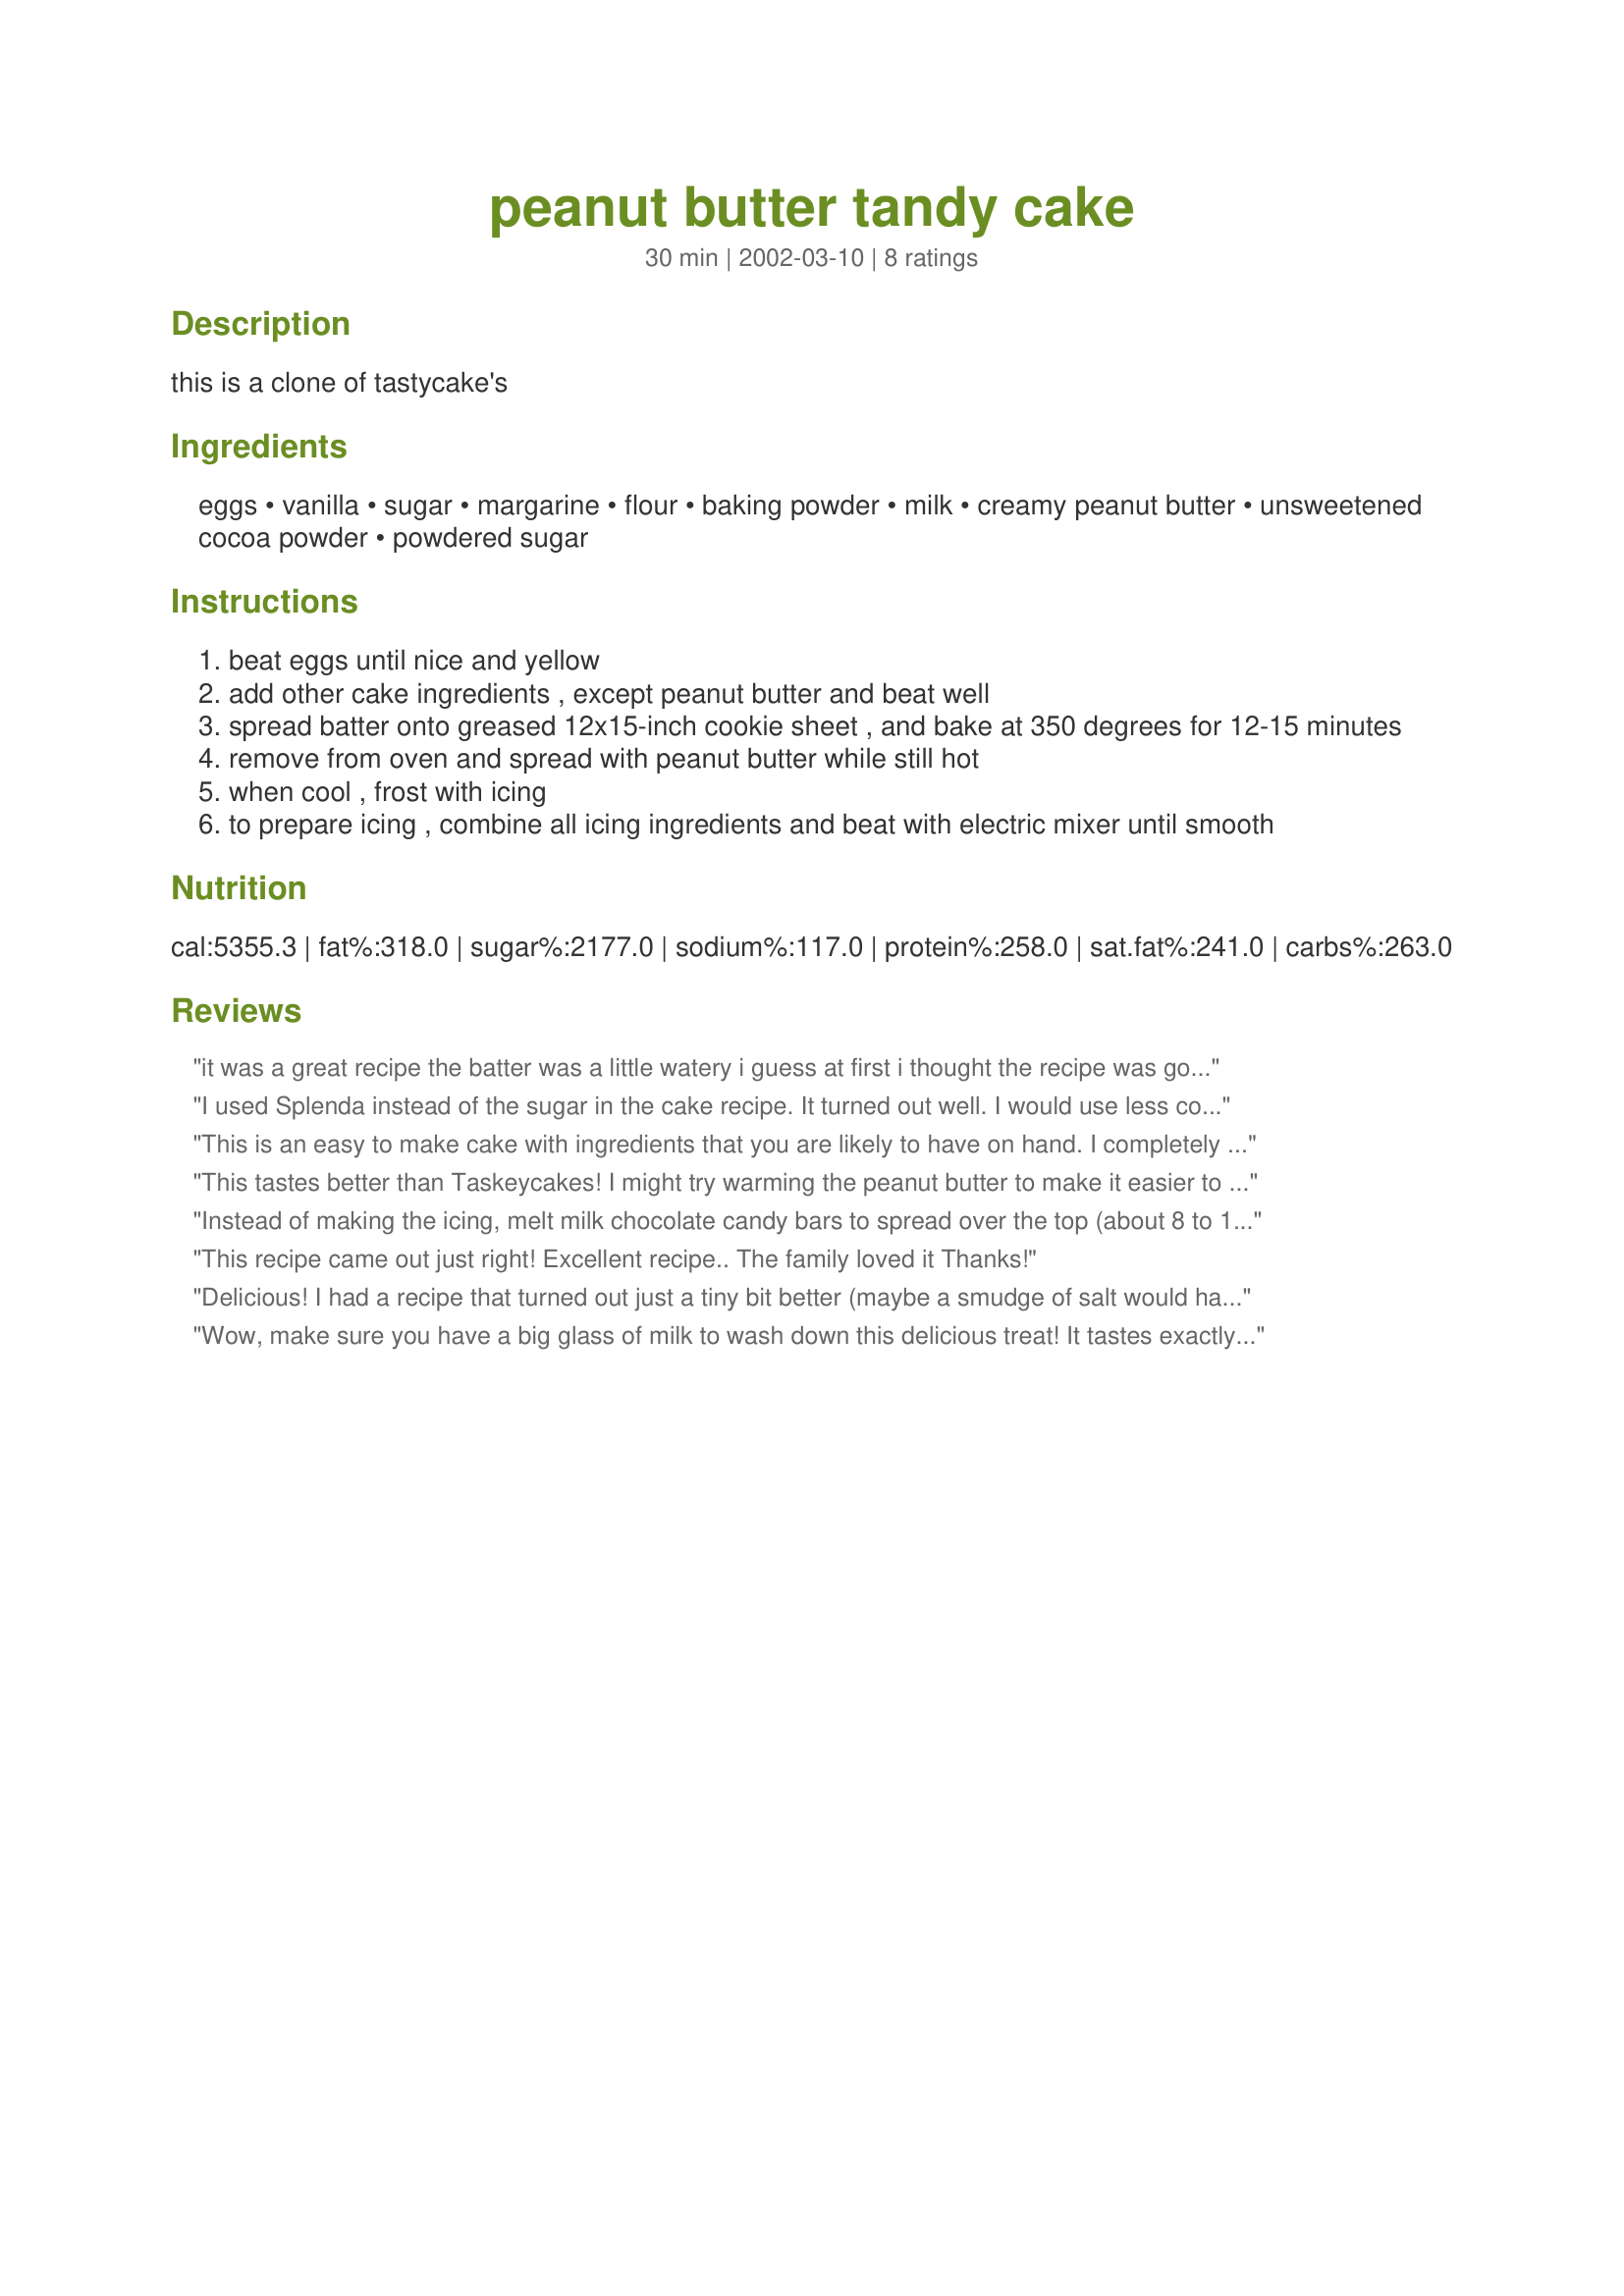
peanut butter tandy cake
Preparation time: 30 minutes

this is a clone of tastycake's

Ingredients:
eggs, vanilla, sugar, margarine, flour, baking powder, milk, creamy peanut butter, unsweetened cocoa powder, powdered sugar

Steps:
beat eggs until nice and yellow
add other cake ingredients , except peanut butter and beat well
spread batter onto greased 12x15-inch cookie sheet , and bake at 350 degrees for 12-15 minutes
remove from oven and spread with peanut butter while still hot
when cool , frost with icing
to prepare icing , combine all icing ingredients and beat with electric mixer until smooth

Reviews:
it was a great recipe the batter was a little watery i guess at first i thought the recipe was going wrong but it was good
I used Splenda instead of the sugar in the cake recipe. It turned out well. I would use less cocoa powder in the icing though.
This is an easy to make cake with ingredients that you are likely to have on hand. I completely agree with the previous reviewer: the baking time is closer to 25 minutes and adding dollups of peanut butter on the warm cake made it easier to spread.
This tastes better than Taskeycakes! I might try warming the peanut butter to make it easier to spread before I put it on next time.
Instead of making the icing, melt milk chocolate candy bars to spread over the top (about 8 to 12 oz). Just be sure to chill the cake well after spreading with peanut butter and spread the chocolate quickly because it hardens fast.
This recipe came out just right! Excellent recipe.. The family loved it Thanks!
Delicious! I had a recipe that turned out just a tiny bit better (maybe a smudge of salt would have pepped it up) but this is very very good. I baked the cake for 19 minutes and heated the peanut for 30 seconds so I could spread it very easily on the warm cake. Let it sit overnight and frosted the next day. This picture is post-peanut butter, pre-frosting. There wasn't much left post-frosting ;)
Wow, make sure you have a big glass of milk to wash down this delicious treat! It tastes exactly like the Tastycake original, if not better. And it's very easy to make. I did have to increase the baking time to about 25-30 minutes. I also found that adding "dollups" of peanut butter on the cake and letting it sit a few minutes to get warm and gooey made it easier when it came time to spread the peanut butter. Thanks, Manda!
